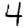
Digit: 4